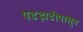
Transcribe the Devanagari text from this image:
पडझडीपासुन